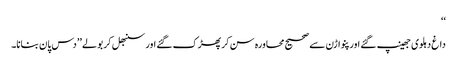
‘‘
داغ دہلوی جھینپ گئے اور پنواڑن سے صحیح محاورہ سن کر پھڑک گئے اور سنبھل کر بولے ’’دس پان بنانا۔